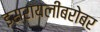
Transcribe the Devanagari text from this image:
इस्रायलींबरोबर